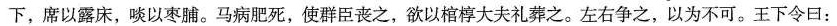
下，席以露床，啖以枣脯。马病肥死，使群臣丧之，欲以棺椁大夫礼葬之。左右争之，以为不可。王下令口：